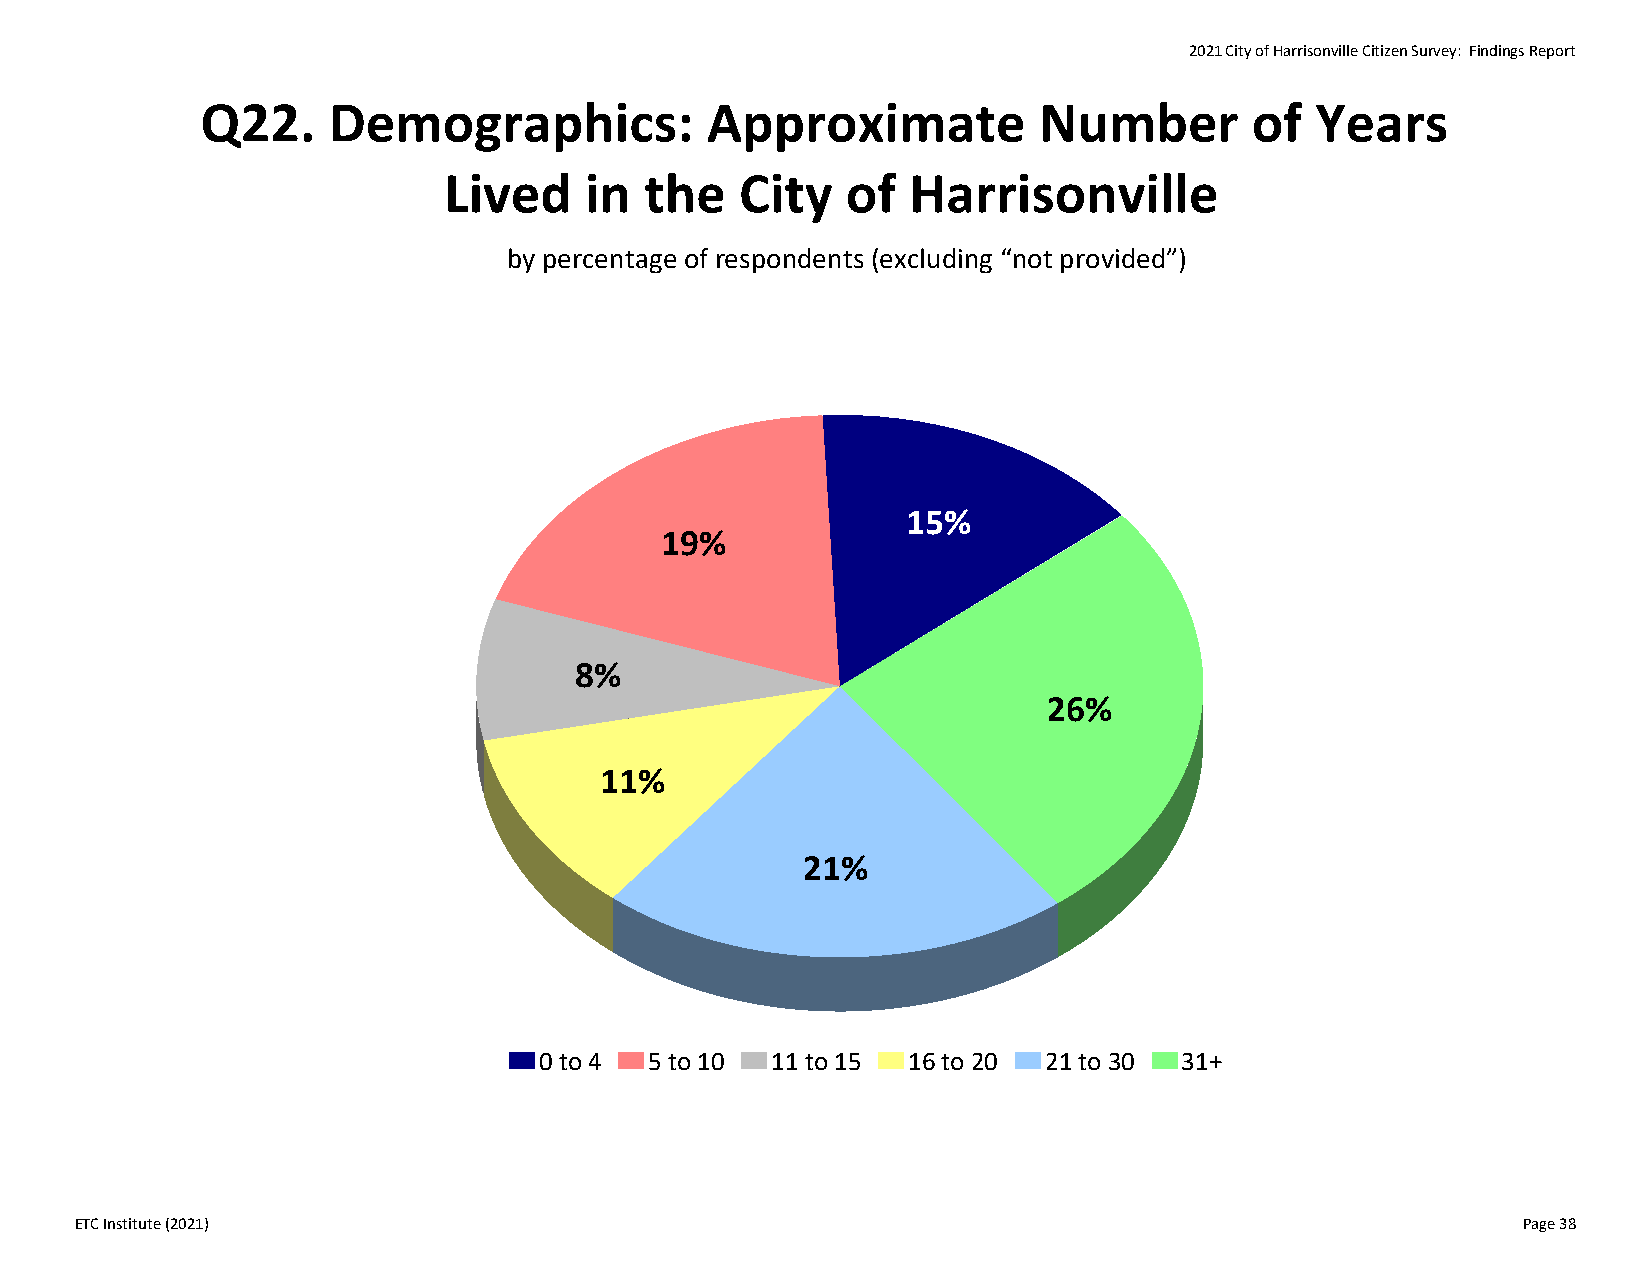
2021 City of Harrisonville Citizen Survey: Findings Report
 Q22.     Demographics:            Approximate           Number        of  Years
 Lived     in  the   City   of  Harrisonville
 by percentage of respondents (excluding “not provided”)
 15%
 19%
 8%
 26%
 11%
 21%
 0 to 4 5 to 10 11 to 15 16 to 20 21 to 30 31+
 ETC Institute (2021)                                                                            Page 38